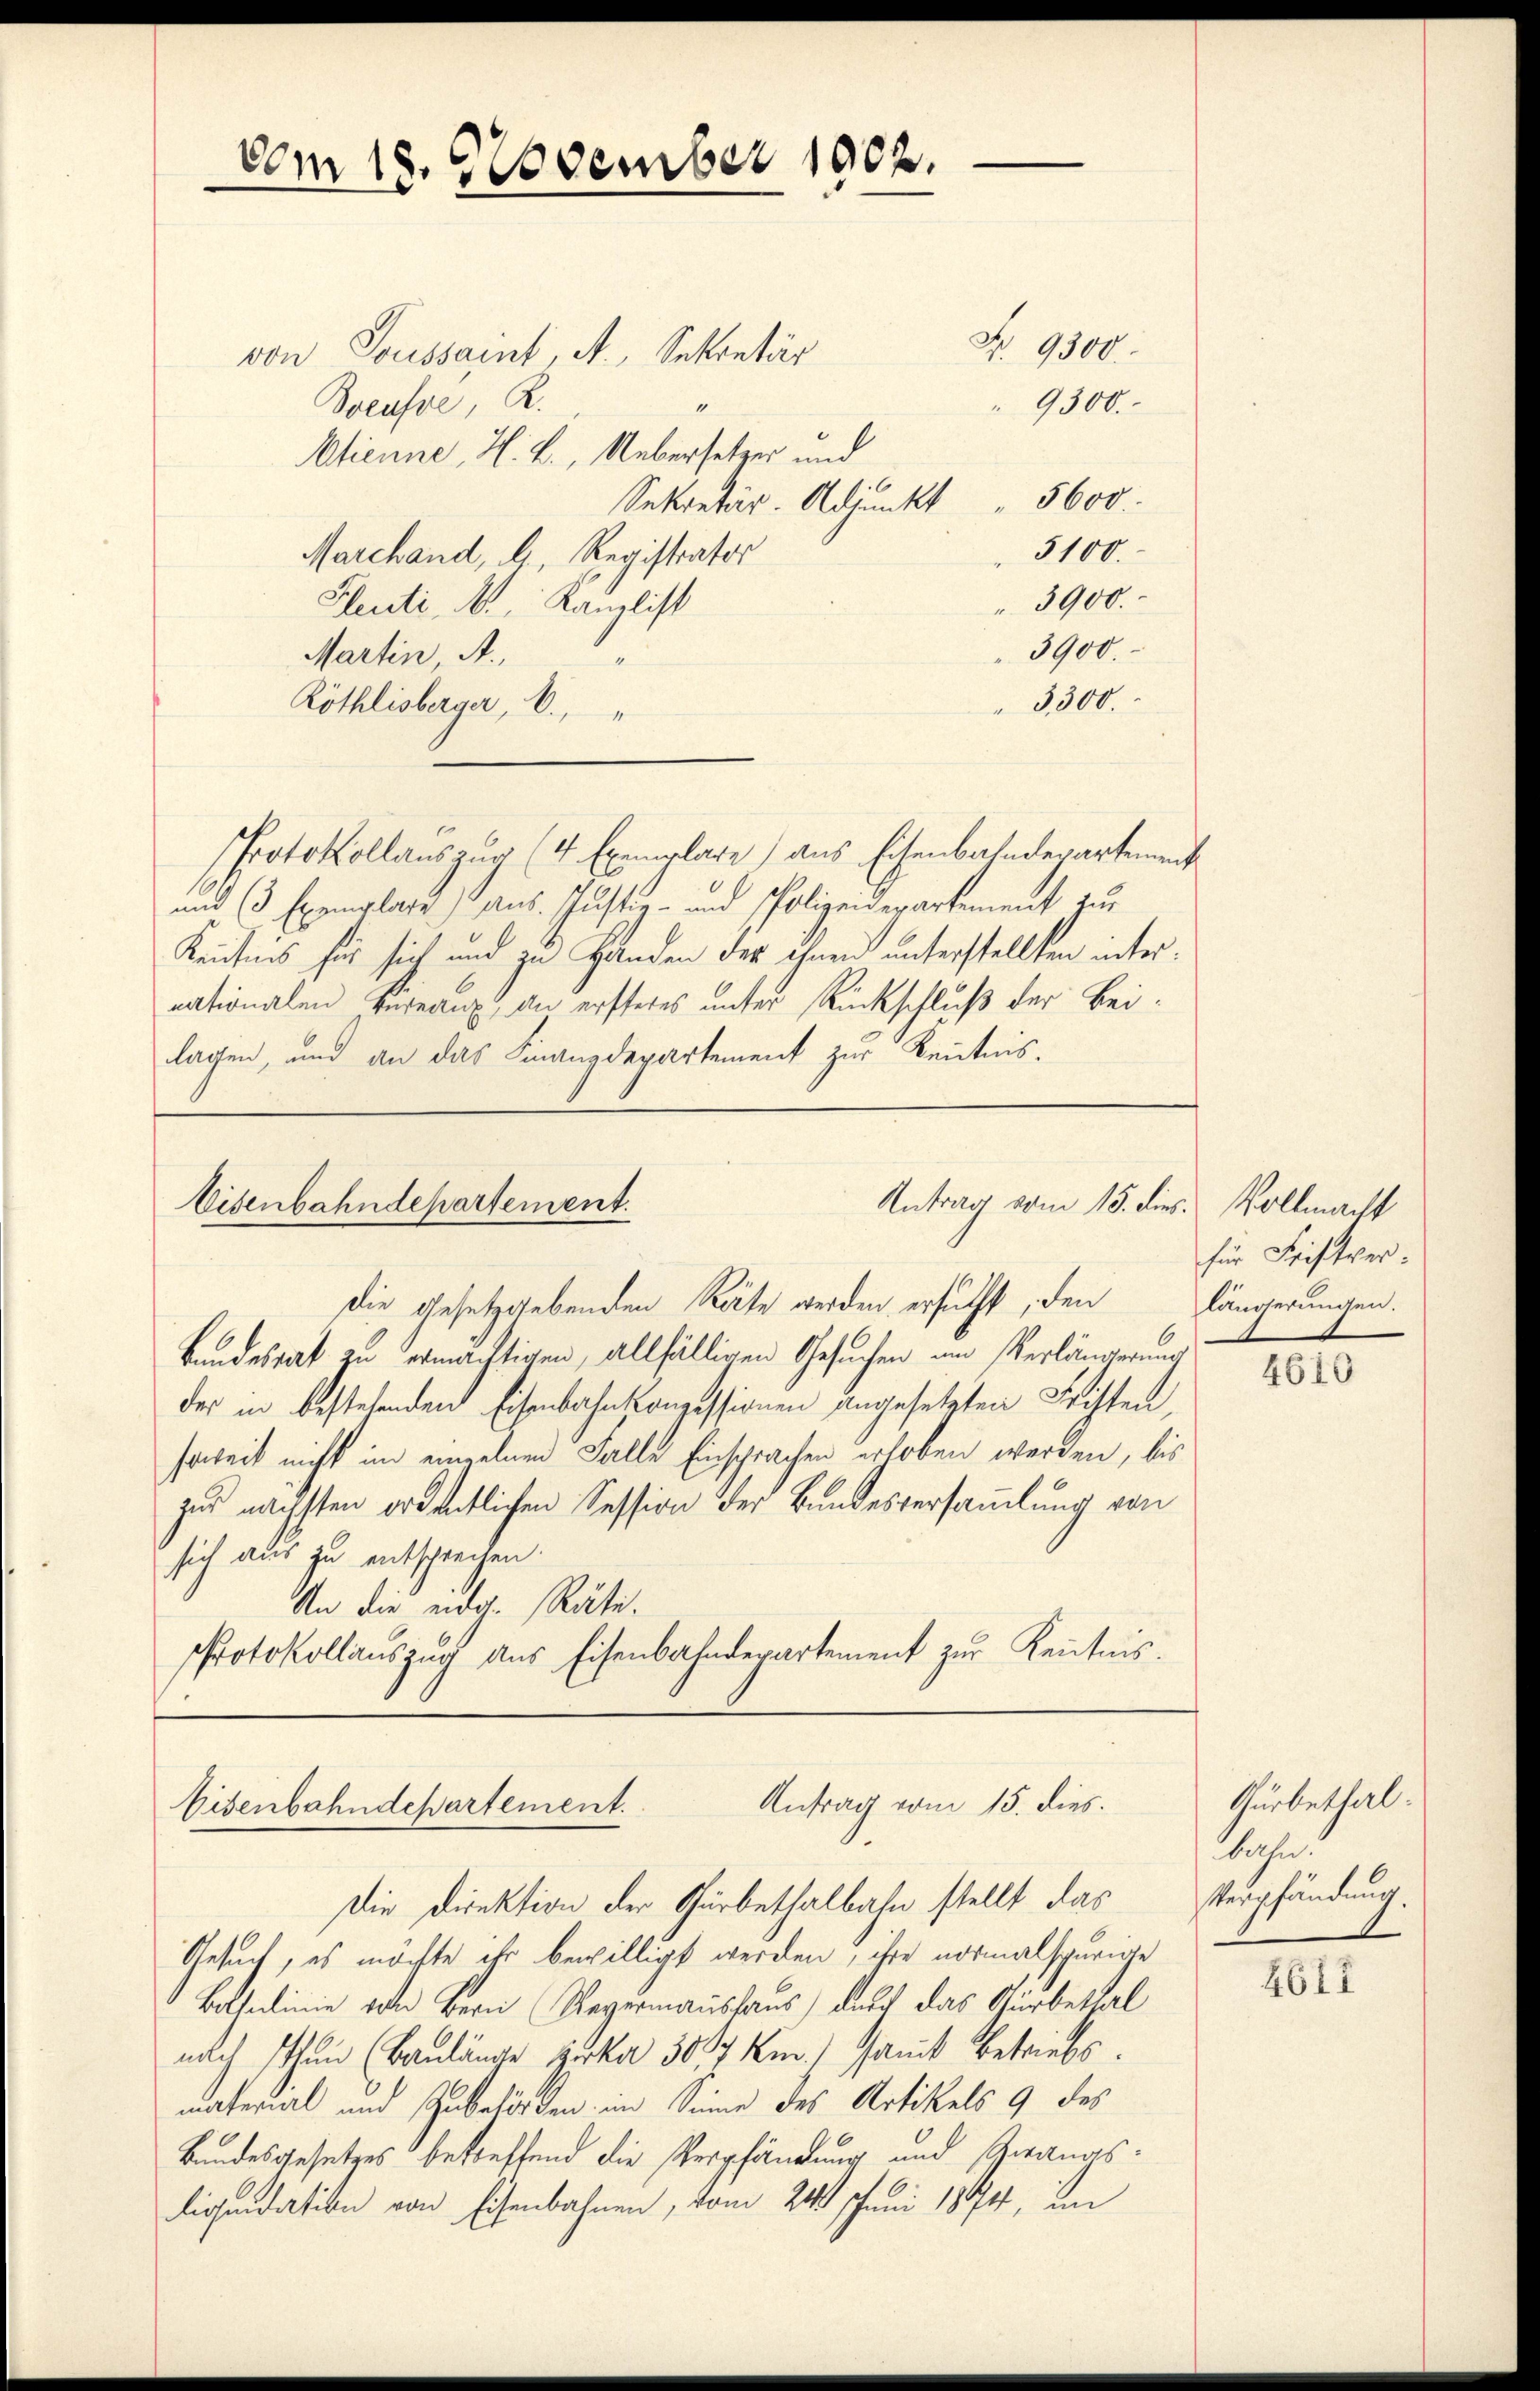
vom 18. November 1902.

von Toussaint, A., Sekretär
Boeusse, R.
Atienne, H. L., Uebersetzer und
Sekretär. Adjunkt 600
5100.
Marchand, d. Registrator
3900.
Fleute A. Kanzlist
3900.
Martin A.,
3300.
Röthlisberger, b.
Protokollauszug (4 Exemplare) aus Eisenbahndepartement
und (3 Exemplatz) aus Justiz- und Polizeiderartement zur
Kentnis für sich und zu Handen der ihnen unterstellten internationalen vernaux, an ersteres unter Rückschluß der Beilagen, und an das Finanzdepartement zur Kenntnis.

Eisenbahndepartement.
Antrag vom 15. dies Vollmacht
die gesetzgebenden Räte werden ersucht, den längerungen.

Antrag vom 15. dies.
Eisenbahndepartement.
Die Direktion der Gürbethalbahn stellt das

Nr. 9300.

Gesuch, es möchte ihr bewilligt werden, ihre normalspurige
Bohulinie von Bern Regermanshaus) durch das Gürbethal
nach thun (Baulänge zerka 307 km samt Betriebs
material und Zubehörden im Sinne des Artikels 9 des
Bundesgesetzes betreffend die Verpfändung und Zwangsdliquidation von Eisenbahnen, vom 24. Juni 1894, im

9300.

Bandesrat zu ermächtigen, allfälligen Gesuchen um Verländerung
der in bestehenden Eisenbahnkonzessionen angesetzten Fristen,
soweit nicht im einzelnen Falle Einsprachen erloben werden, bis
zur nächsten ordentlichen Session der Bundesversammlung von
sich aus zu entschreiten
An die eidg. Räte.
Protokollauszug aus Eisenbahnderartement zur Kenntnis.

für Fristver¬

4610

Gürbethal¬
Sache
terpfändung.

4611